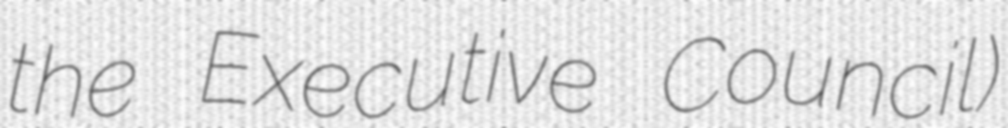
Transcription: the Executive Council)